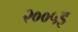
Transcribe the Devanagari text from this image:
२००५इ